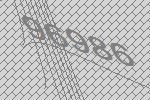
96986